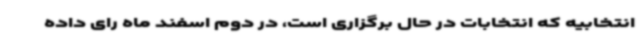
انتخابیه که انتخابات در حال برگزاری است، در دوم اسفند ماه رای داده